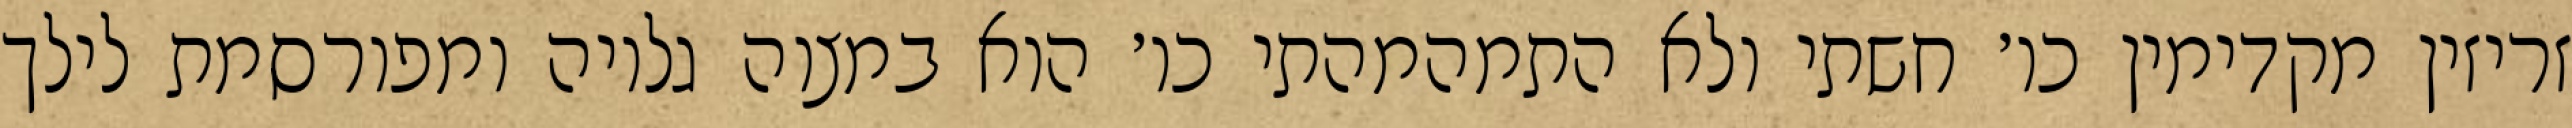
זריזין מקדימין כו׳ חשתי ולא התמהמהתי כו׳ הוא במצוה גלויה ומפורסמת לילך